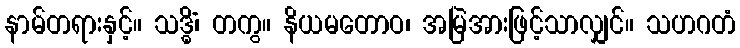
နာမ်တရားနှင့်။ သဒ္ဓိံ၊ တကွ။ နိယမတောဝ၊ အမြဲအားဖြင့်သာလျှင်။ သဟဂတံ